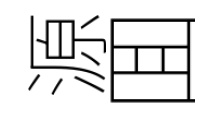
源囬